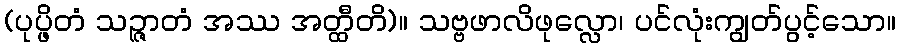
(ပုပ္ဖိတံ သဉ္ဇာတံ အဿ အတ္ထီတိ)။ သဗ္ဗဖာလိဖုလ္လော၊ ပင်လုံးကျွတ်ပွင့်သော။